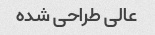
عالی طراحی شده